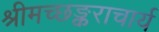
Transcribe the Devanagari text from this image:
श्रीमच्छङ्कराचार्य